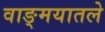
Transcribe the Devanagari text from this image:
वाङ्मयातले